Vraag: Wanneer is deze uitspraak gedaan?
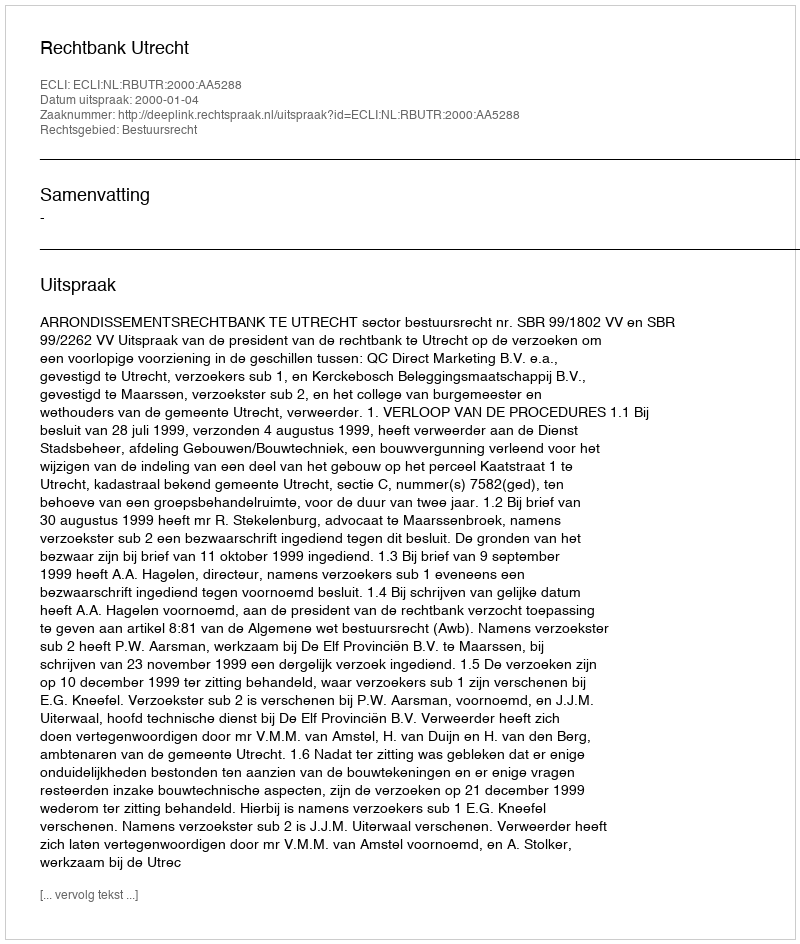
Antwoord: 2000-01-04